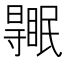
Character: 𥋹